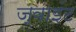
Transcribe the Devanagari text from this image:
ज्‍वाइंट